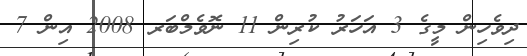
ދިވެހިން މީގެ 3 އަހަރު ކުރިން 11 ނޮވެމްބަރ 2008 އިން 7